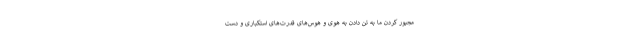
مجبور کردن ما به تن دادن به هوی و هوس‌های قدرت‌های استکباری و دست